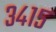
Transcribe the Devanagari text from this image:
३४१५